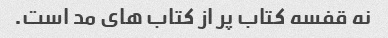
نه قفسه کتاب پر از کتاب های مد است.